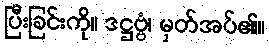
ပြီးခြင်းကို။ ဒဋ္ဌဗ္ဗံ၊ မှတ်အပ်၏။